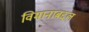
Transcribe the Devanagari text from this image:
विमानाबद्दल